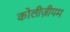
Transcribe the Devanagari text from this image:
कोलीज़ीयम